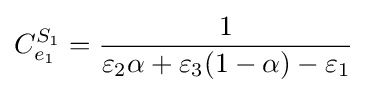
C_{e_{1}}^{S_{1}}={\frac {1}{\varepsilon _{2}\alpha +\varepsilon _{3}(1-\alpha )-\varepsilon _{1}}}